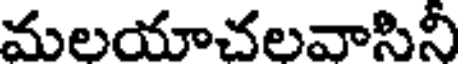
మలయాచలవాసినీ